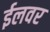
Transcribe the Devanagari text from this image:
ईलवर